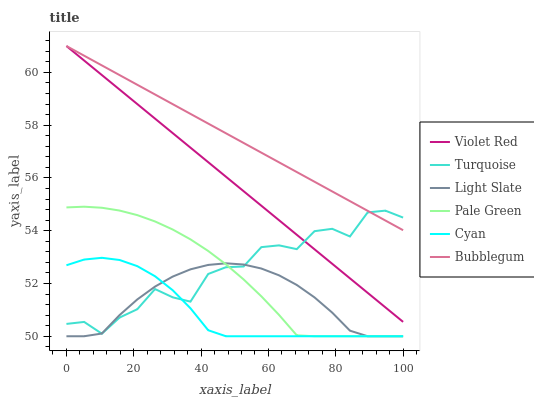
| xaxis_label | Violet Red | Turquoise | Light Slate | Pale Green | Cyan | Bubblegum |
 | --- | --- | --- | --- | --- | --- | --- |
 | 0 | 61 | 50.5 | 50 | 54.9 | 52.7 | 61 |
 | 5.26 | 60.4 | 50.5 | 50 | 54.9 | 52.9 | 60.6 |
 | 10.5 | 59.9 | 50.1 | 50.1 | 54.9 | 53 | 60.3 |
 | 15.8 | 59.3 | 50.7 | 50.8 | 54.8 | 52.9 | 59.9 |
 | 21.1 | 58.8 | 51 | 51.4 | 54.6 | 52.7 | 59.5 |
 | 26.3 | 58.2 | 51.8 | 51.9 | 54.4 | 52.3 | 59.2 |
 | 31.6 | 57.7 | 51.5 | 52.3 | 54 | 51.7 | 58.8 |
 | 36.8 | 57.1 | 51.3 | 52.5 | 53.7 | 51.1 | 58.4 |
 | 42.1 | 56.6 | 52.4 | 52.7 | 53.2 | 50.2 | 58.1 |
 | 47.4 | 56 | 52.6 | 52.8 | 52.7 | 50 | 57.7 |
 | 52.6 | 55.5 | 52.6 | 52.7 | 52.2 | 50 | 57.3 |
 | 57.9 | 54.9 | 53.4 | 52.6 | 51.5 | 50 | 57 |
 | 63.2 | 54.4 | 53.4 | 52.3 | 50.8 | 50 | 56.6 |
 | 68.4 | 53.8 | 53.3 | 51.9 | 50 | 50 | 56.2 |
 | 73.7 | 53.3 | 54 | 51.5 | 50 | 50 | 55.9 |
 | 78.9 | 52.7 | 54.1 | 50.9 | 50 | 50 | 55.5 |
 | 84.2 | 52.2 | 53.8 | 50.2 | 50 | 50 | 55.1 |
 | 89.5 | 51.6 | 54.7 | 50 | 50 | 50 | 54.8 |
 | 94.7 | 51.1 | 54.8 | 50 | 50 | 50 | 54.4 |
 | 100 | 50.5 | 54.5 | 50 | 50 | 50 | 54 |